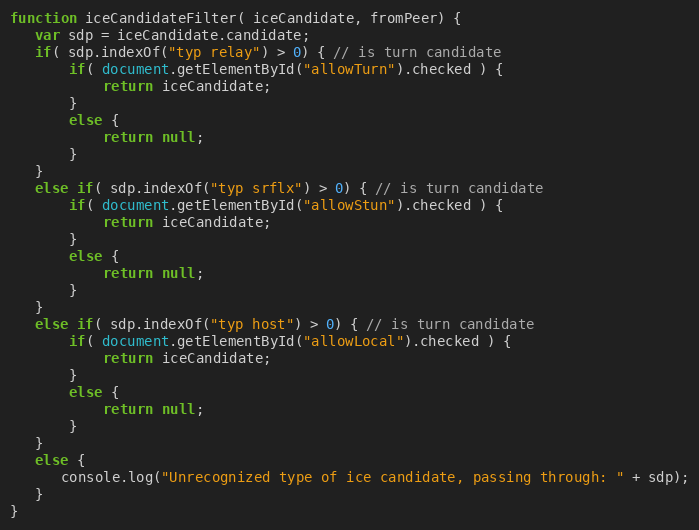
Language: JavaScript
function iceCandidateFilter( iceCandidate, fromPeer) {
   var sdp = iceCandidate.candidate;
   if( sdp.indexOf("typ relay") > 0) { // is turn candidate
       if( document.getElementById("allowTurn").checked ) {
           return iceCandidate;
       }
       else {
           return null;
       }
   }
   else if( sdp.indexOf("typ srflx") > 0) { // is turn candidate
       if( document.getElementById("allowStun").checked ) {
           return iceCandidate;
       }
       else {
           return null;
       }
   }
   else if( sdp.indexOf("typ host") > 0) { // is turn candidate
       if( document.getElementById("allowLocal").checked ) {
           return iceCandidate;
       }
       else {
           return null;
       }
   }
   else {
      console.log("Unrecognized type of ice candidate, passing through: " + sdp);
   }
}